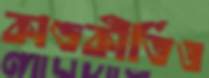
কাণ্ডকীর্তিও